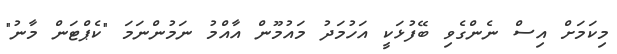
މިކަމަށް އިސް ނެންގެވި ބޭފުޅަކީ އަހުމަދު މައުމޫން އާއްމު ނަމުންނަމަ "ކެޕްޓަން މާނު"